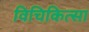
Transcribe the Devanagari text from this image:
विचिकित्सा